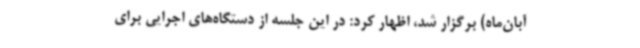
آبان‌ماه) برگزار شد، اظهار کرد: در این جلسه از دستگاه‌های اجرایی برای